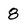
Character: 8